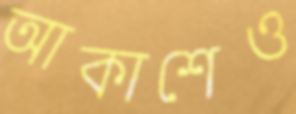
আকাশেও